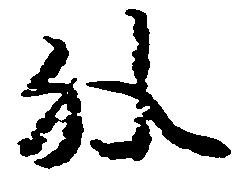
外